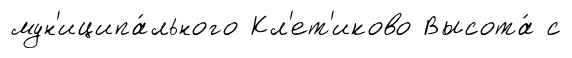
мун'иципа́льного Кл'ет'иково Высота́ с